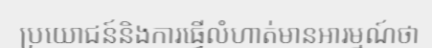
ប្រយោជន៍និងការធ្វើលំហាត់មានអារម្មណ៍ថា